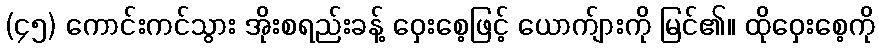
(၄၅) ကောင်းကင်သွား အိုးစရည်းခန့် ဝှေးစေ့ဖြင့် ယောက်ျားကို မြင်၏။ ထိုဝှေးစေ့ကို